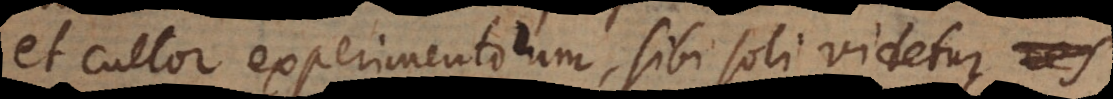
et cultor experimentorum, sibi soli videtur